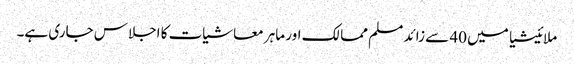
ملائیشیا میں 40 سے زائد مسلم ممالک اور ماہر معاشیات کا اجلاس جاری ہے۔